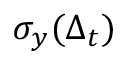
\sigma _ { y } ( \Delta _ { t } )